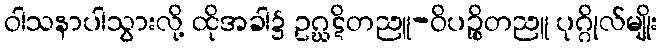
ဝါသနာပါသွားလို့ ထိုအခါ၌ ဥဂ္ဃဋိတညူ-ဝိပဉ္စိတညူ ပုဂ္ဂိုလ်မျိုး